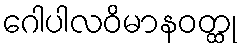
ဂေါပါလဝိမာနဝတ္ထု